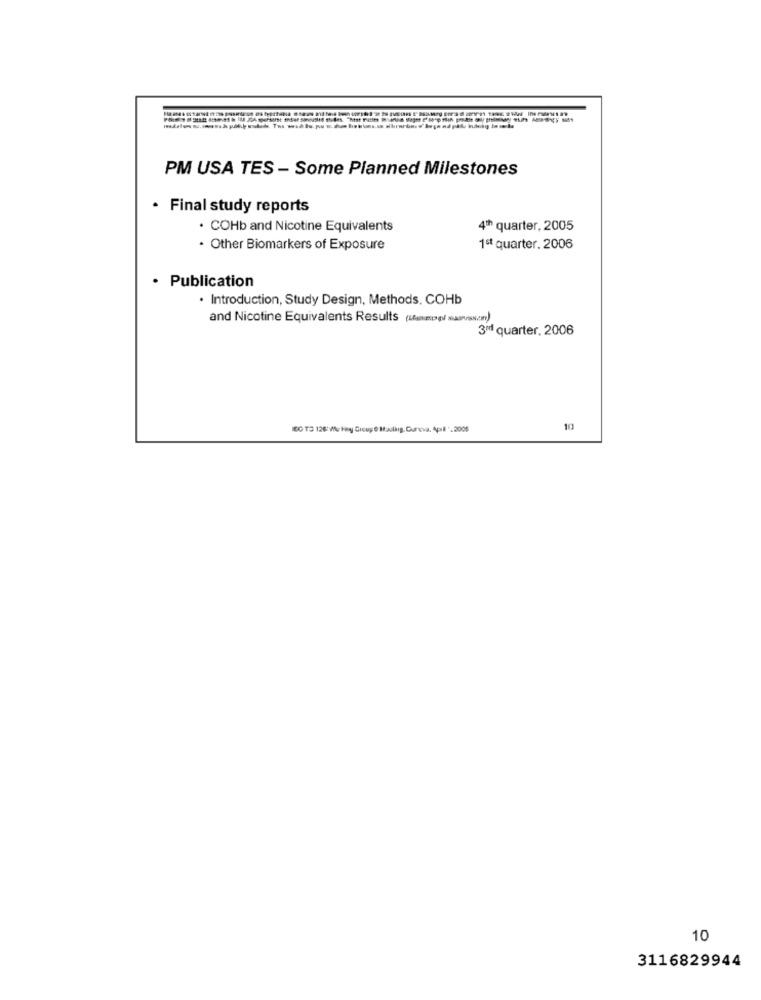
PM USA TES - Some Planned Milestones
· Final study reports
. COHb and Nicotine Equivalents
4ª quarter, 2005
· Other Biomarkers of Exposure
1ªt quarter. 2006
· Publication
. Introduction, Study Design, Methods, COHb
and Nicotine Equivalents Results (Lhamppl sianosom)
3rd quarter, 2006
10
3116829944